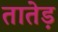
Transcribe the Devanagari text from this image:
तातेड़